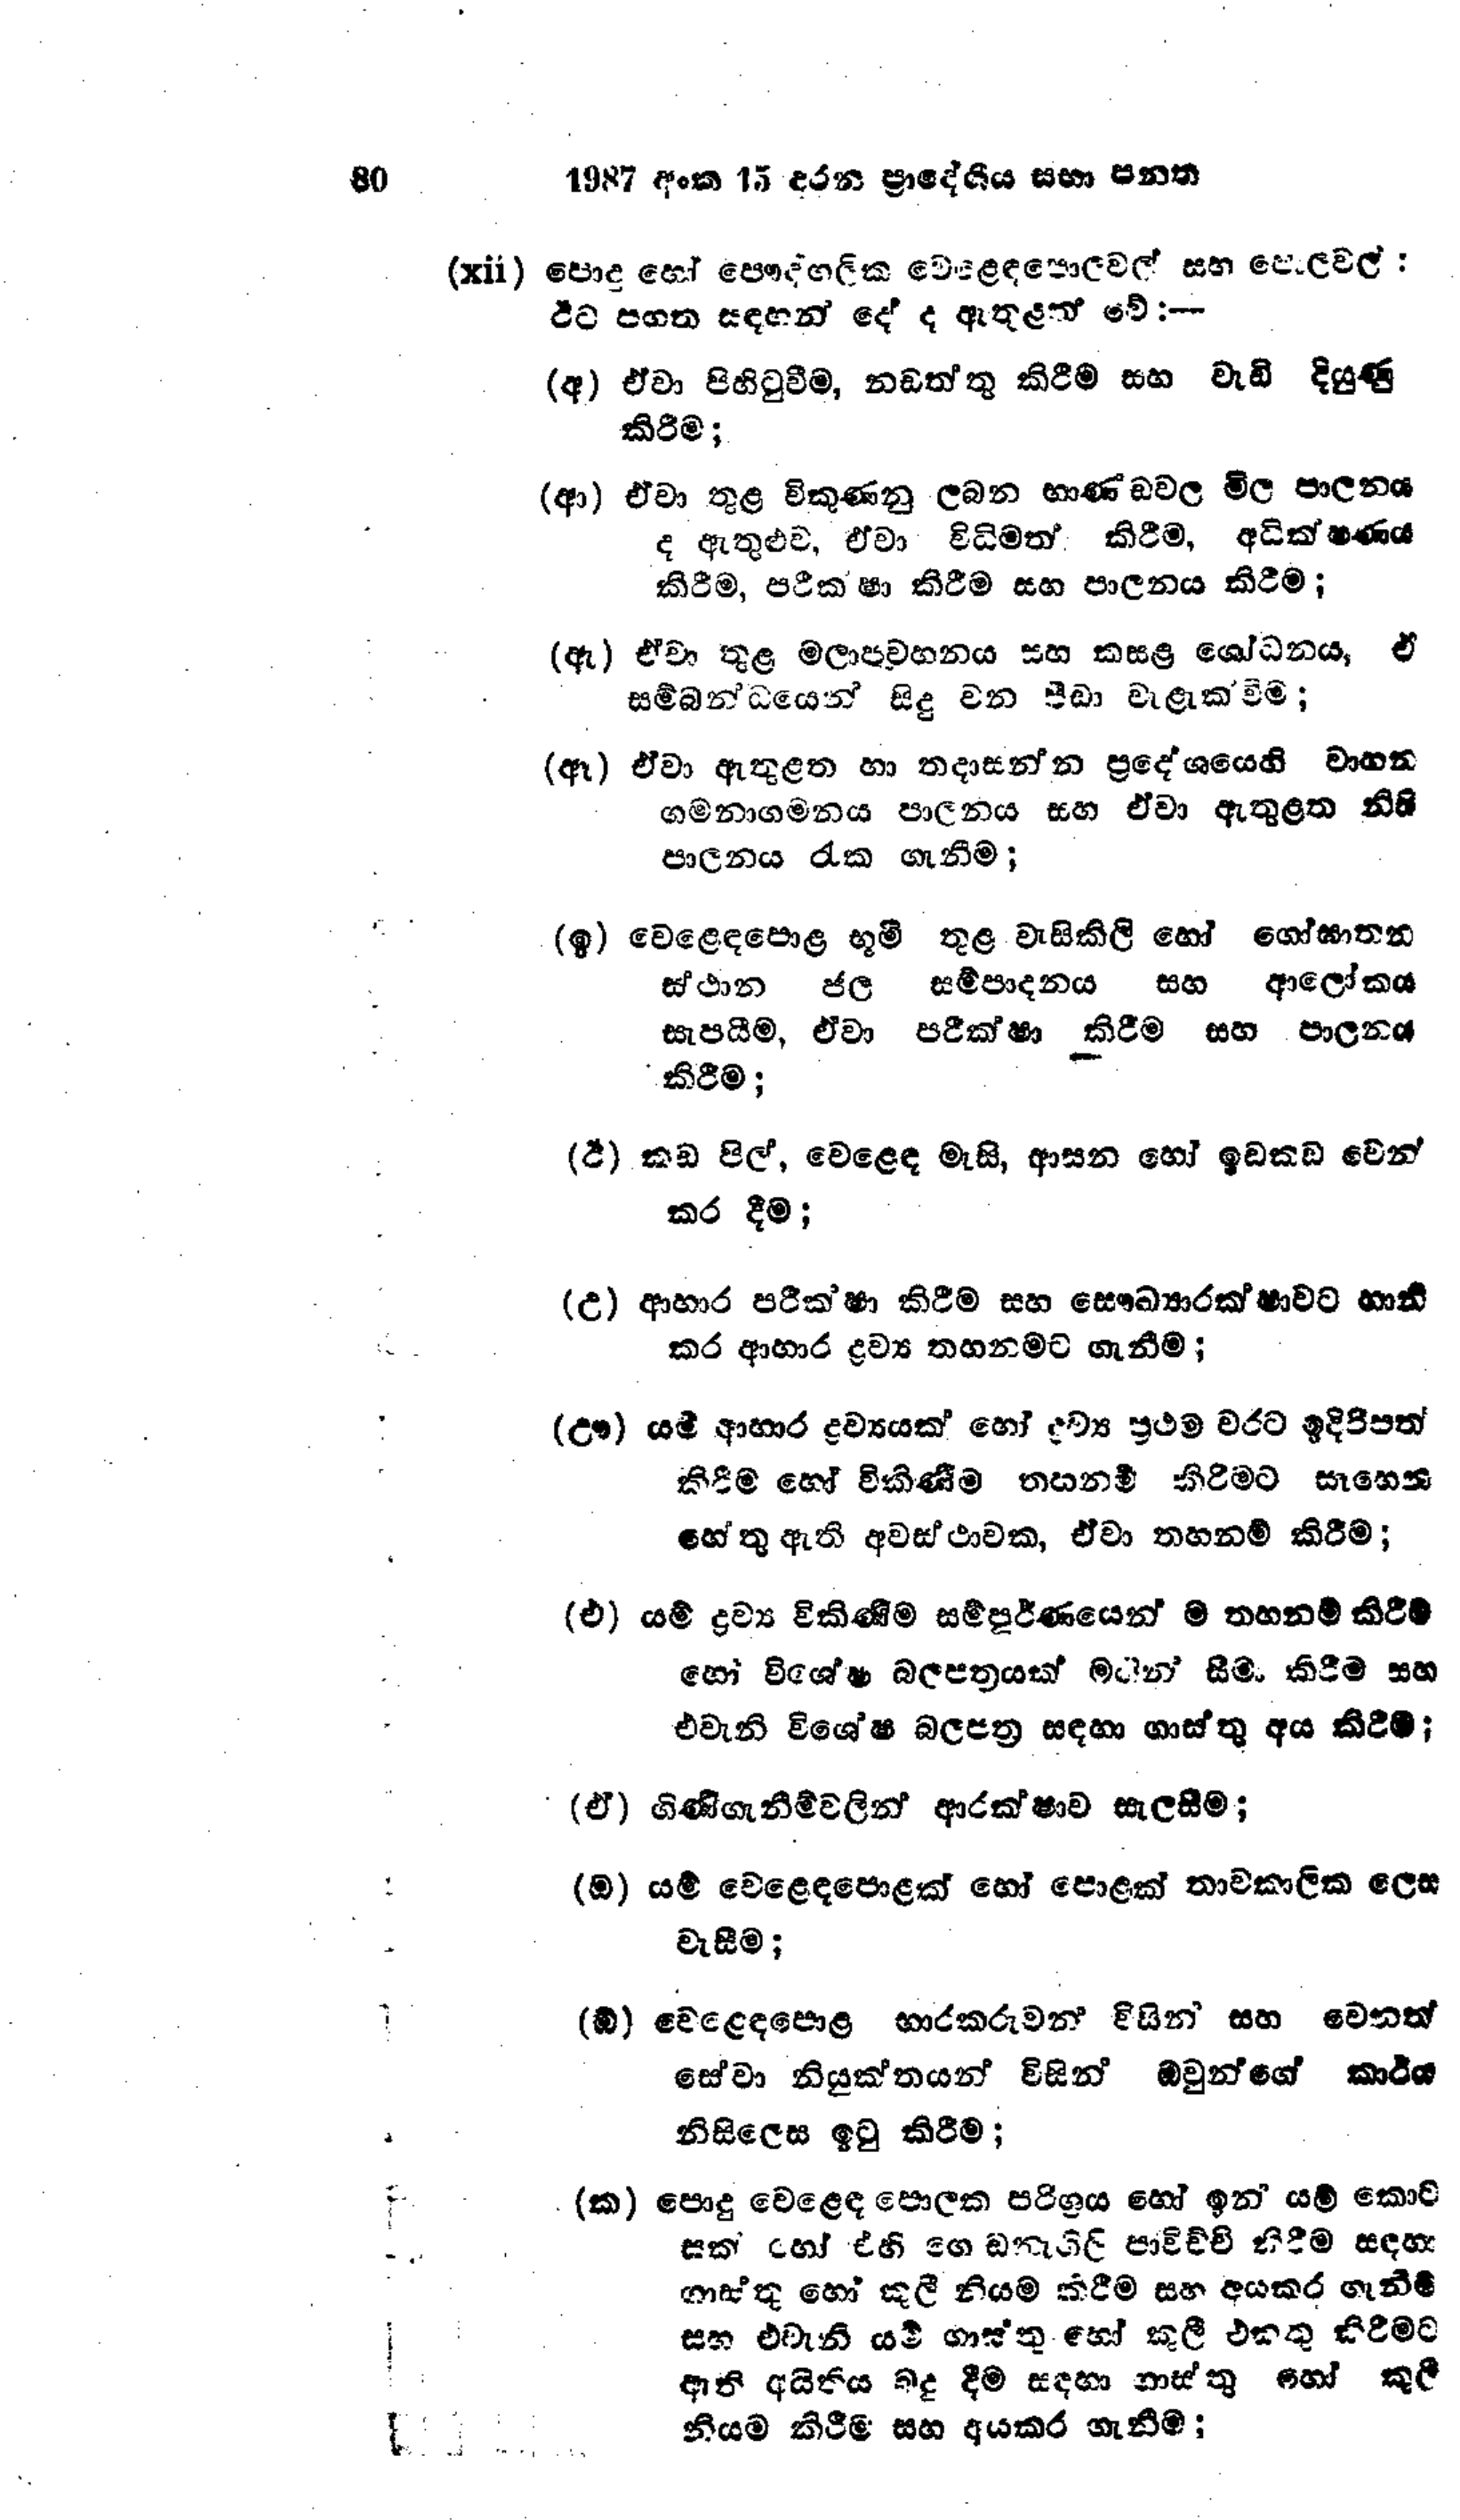
80 1987 අංක 15 දරන ප්‍රාදේශීය සභා පනත

(xii) පොදු හෝ පෞද්ගලික වෙළඳපොලවල් සහ පොලවල් :
ඊට පහත සඳහන් දේ ද ඇතුළත් වේ :-

(අ) ඒවා පිහිටුවීම, නඩත්තු කිරීම සහ වැඩි දියුණු
කිරීම;

(ආ) ඒවා තුළ විකුණනු ලබන භාණ්ඩවල මිල පාලනය
ද ඇතුළුව, ඒවා විධිමත් කිරීම, අධික්ෂණය
කිරීම, පරික්ෂා කිරීම සහ පාලනය කිරීම;

(ඇ) ඒවා තුළ මලාපවහනය සහ කසළ ශෝධනය, ඒ
සම්බන්ධයෙන් සිදු වන පීඩා වැළැක්වීම;

(ඈ) ඒවා ඇතුළත හා තදාසන්න ප්‍රදේශයෙහි වාහන
ගමනාගමනය පාලනය සහ ඒවා ඇතුළත නිසි
පාලනය රැක ගැනීම;

(ඉ) වෙළෙඳපොළ භූමි තුළ වැසිකිලි හෝ ගෝඝාතන
ස්ථාන ජල සම්පාදනය සහ ආලෝකය
සැපයීම, ඒවා පරික්ෂා කිරීම සහ පාලනය
කිරීම;

(ඊ) කඩ පිල්, වෙළෙඳ මැසි, ආසන හෝ ඉඩකඩ වෙන්
කර දීම;

(උ) ආහාර පරීක්ෂා කිරීම සහ සෞඛ්‍යාරක්ෂාවට හානි
කර ආහාර ද්‍රව්‍ය තහනමට ගැනීම;

(ඌ) යම් ආහාර ද්‍රව්‍යයක් හෝ ද්‍රව්‍ය ප්‍රථම වරට ඉදිරිපත්
කිරීම හෝ විකිණීම තහනම් කිරීමට සෑහෙන
හේතු ඇති අවස්ථාවක, ඒවා තහනම් කිරීම;

(එ) යම් ද්‍රව්‍ය විකිණීම සම්පුර්ණයෙන්ම තහනම් කිරීම්
හෝ විශේෂ බලපත්‍රයක් මගින් සීමා කිරීම සහ
එවැනි විශේෂ බලපත්‍ර සඳහා ගාස්තු අය කිරීම්;

(ඒ) ගිණිගැනීම්වලින් ආරක්ෂාව සැලසීම ;

(ඔ) යම් වෙළෙඳපොළක් හෝ පොළක් තාවකාලික ලෙස
වැසීම;

(ඕ) වෙළෙඳපොළ භාරකරුවන් විසින් සහ වෙනත්
සේවා නියුක්තයන් විසින් ඔවුන්ගේ කාර්ය
නිසිලෙස ඉටු කිරීම;

(ක) පොදු වෙළෙඳ පොලක පරිශ්‍රය හෝ ඉන් යම් කොට
සක් හෝ එහි ගොඩනැගිලි පාවිච්චි කිරීම සඳහා
ගාස්තු හෝ කුලී නියම කිරීම සහ අයකර ගැනීම්
සහ එවැනි යම් ගාස්තු හෝ කුලී එකතු කිරීමට
ආති අයිතිය බදු දීම සඳහා ගාස්තු හෝ කුලී
නියම කිරීම සහ අයකර ගැනීම;